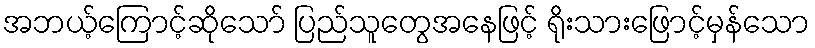
အဘယ့်ကြောင့်ဆိုသော် ပြည်သူတွေအနေဖြင့် ရိုးသားဖြောင့်မှန်သော